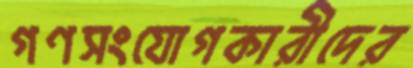
গণসংযোগকারীদের